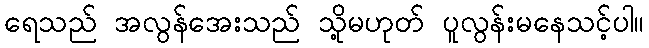
ရေသည် အလွန်အေးသည် သို့မဟုတ် ပူလွန်းမနေသင့်ပါ။